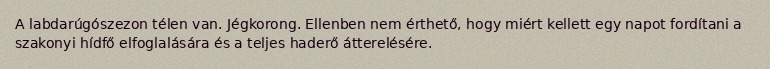
A labdarúgószezon télen van. Jégkorong. Ellenben nem érthető, hogy miért kellett egy napot fordítani a szakonyi hídfő elfoglalására és a teljes haderő átterelésére.